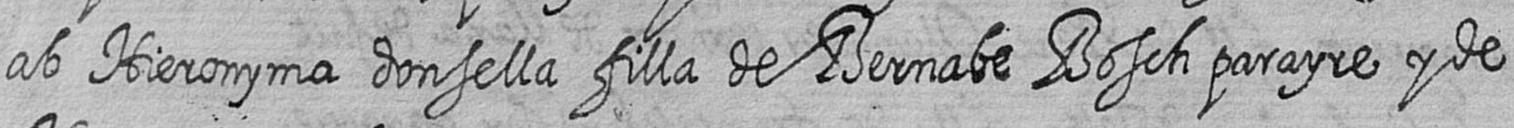
ab Hieronyma donsella filla de Bernabe Bosch parayre y de